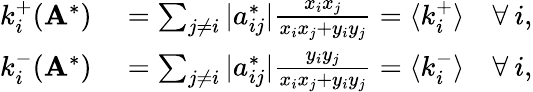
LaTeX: \begin{array}{rl}{k_{i}^{+}(\mathbf{A}^{*})}&{{}=\sum_{j\neq i}|a_{ij}^{*}|\frac{x_{i}x_{j}}{x_{i}x_{j}+y_{i}y_{j}}=\langle k_{i}^{+}\rangle\quad\forall\: i,}\\ {k_{i}^{-}(\mathbf{A}^{*})}&{{}=\sum_{j\neq i}|a_{ij}^{*}|\frac{y_{i}y_{j}}{x_{i}x_{j}+y_{i}y_{j}}=\langle k_{i}^{-}\rangle\quad\forall\: i,}\end{array}